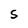
Character: S